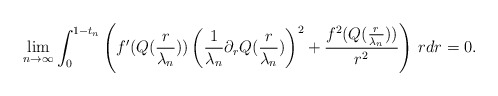
\begin{align*}\lim_{n\to\infty}\int_0^{1-t_n}\left(f'(Q(\frac{r}{\lambda_n}))\left(\frac{1}{\lambda_n}\partial_rQ(\frac{r}{\lambda_n})\right)^2+\frac{f^2(Q(\frac{r}{\lambda_n}))}{r^2}\right)\,rdr=0.\end{align*}